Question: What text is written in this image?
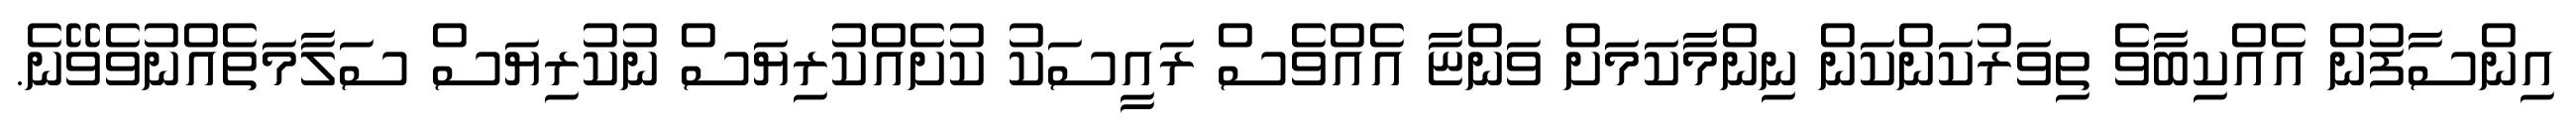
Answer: އިންސާފުން އެއްކިބާވެ ތިވަރުކަންކަން ނިންމާކަމަށް ވަންޏާ އެއްވެސް ރައީސަކު ކުށެއްކުރިޔަސް ނުކުރިޔަސް ސަލާމަތެއްނުވެވޭނެ.